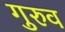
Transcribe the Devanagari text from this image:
गुरुव